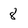
Character: 8